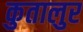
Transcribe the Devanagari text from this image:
कुतालुर